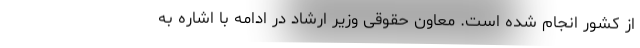
از کشور انجام شده است. معاون حقوقی وزیر ارشاد در ادامه با اشاره به